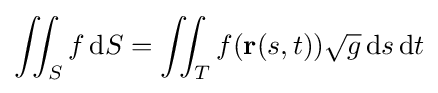
\iint _{S}f\,\mathrm {d} S=\iint _{T}f(\mathbf {r} (s,t)){\sqrt {g}}\,\mathrm {d} s\,\mathrm {d} t